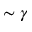
\sim \gamma